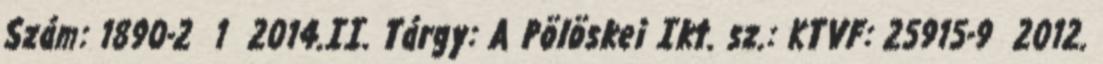
Szám: 1890-2 1 2014.II. Tárgy: A Pölöskei Ikt. sz.: KTVF: 25915-9 2012.